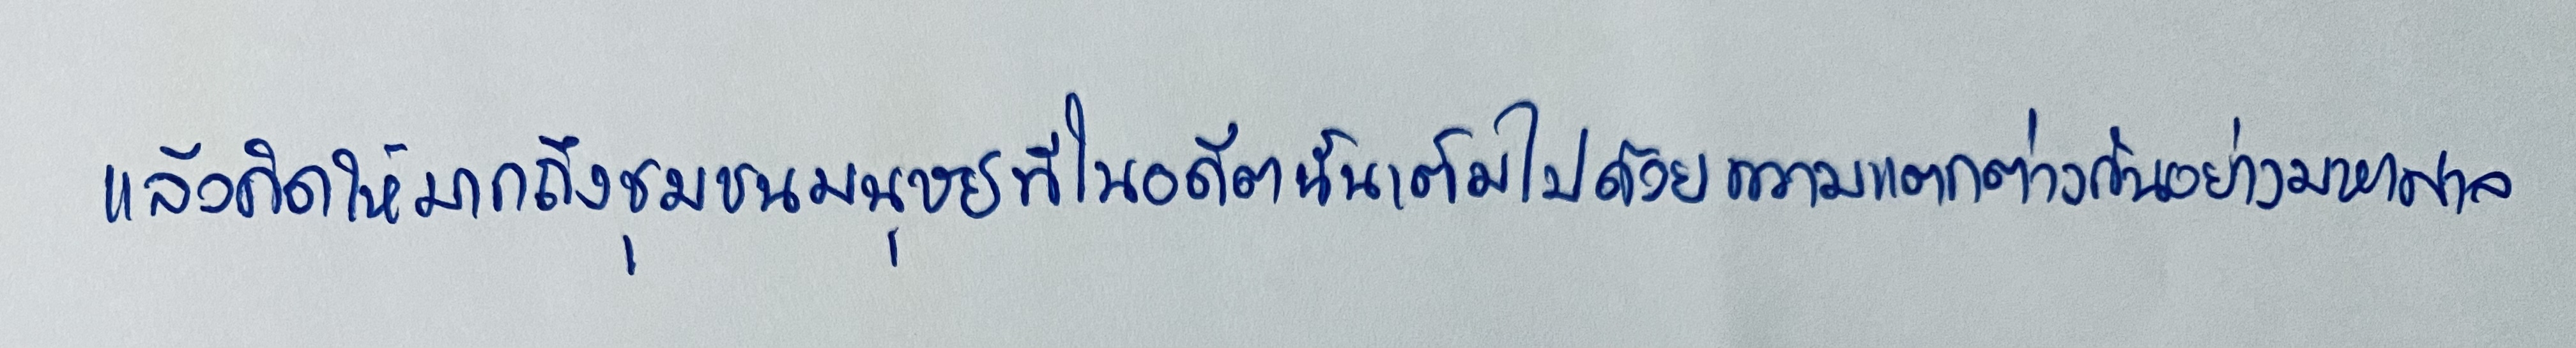
แล้วคิดให้มากถึงชุมชนมนุษย์ที่ในอดีตนั้นเต็มไปด้วยความแตกต่างกันอย่างมหาศาล